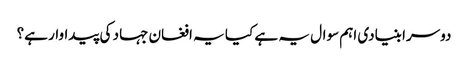
دوسرا بنیادی اہم سوال یہ ہے کیا یہ افغان جہاد کی پیداوار ہے؟